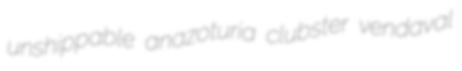
unshippable anazoturia clubster vendaval